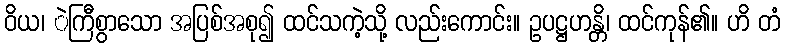
ဝိယ၊ ဲကြီစွာသော အပြစ်အစု၍ ထင်သကဲ့သို့ လည်းကောင်း။ ဥပဋ္ဌဟန္တိ၊ ထင်ကုန်၏။ ဟိ တံ